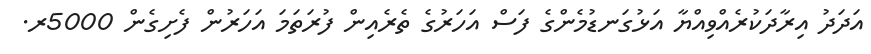
އަދަދު އިރާދަކުރެއްވިއްޔާ އަޅުގަނޑުމެންގެ ފަސް އަހަރުގެ ތެރެއިން ފުރަތަމަ އަހަރުން ފެށިގެން 5000ރ.